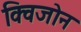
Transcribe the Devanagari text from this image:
क्विजोन